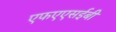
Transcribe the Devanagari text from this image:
एफएएसईबी